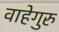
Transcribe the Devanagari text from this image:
वाहेगुरु